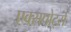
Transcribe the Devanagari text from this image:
एक्सपोर्ट्स